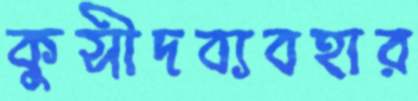
কুসীদব্যবহার